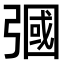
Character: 𢐚